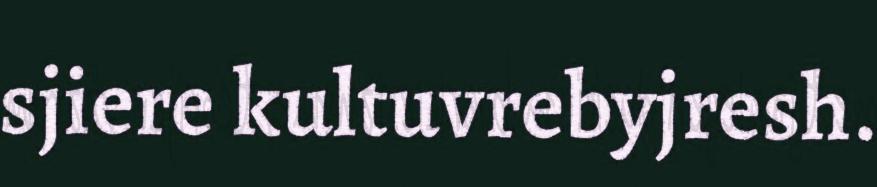
sjiere kultuvrebyjresh.